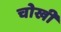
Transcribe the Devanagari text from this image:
चोखी